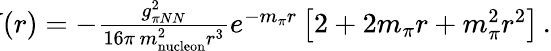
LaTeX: \begin{array}{r}{\! \! \! \! V(r)=-\frac{g_{\pi NN}^{2}}{16\pi\, m_{\mathrm{nucleon}}^{2}r^{3}}e^{-m_{\pi}r}\left[2+2m_{\pi}r+m_{\pi}^{2}r^{2}\right]\, .}\end{array}